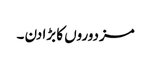
مزدوروں کا بڑا دن ۔